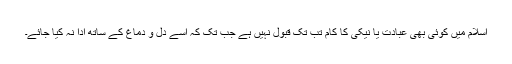
اسلام میں کوئی بھی عبادت یا نیکی کا کام تب تک قبول نہیں ہے جب تک کہ اسے دل و دماغ کے ساتھ ادا نہ کیا جائے۔